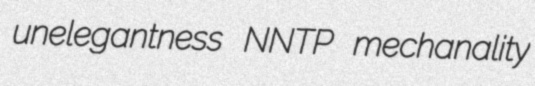
unelegantness NNTP mechanality